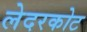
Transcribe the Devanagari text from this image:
लेदरकोट